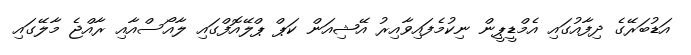
އަޑުބަރޭގެ ދިފާއުގައި އެމްޑީޕީން ނިކުމެފައިވާއިރު އޭޝިއަން ކަޕް ޕްލޭއޮފްގައި ލާއޯސްއާއި ރާއްޖެ މާލޭގައި